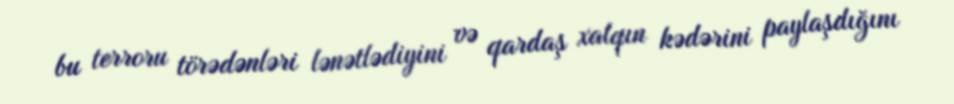
bu terroru törədənləri lənətlədiyini və qardaş xalqın kədərini paylaşdığını